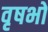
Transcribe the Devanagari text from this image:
वृषभों